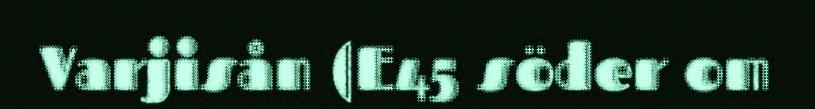
Varjisån (E45 söder om